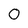
Character: 0